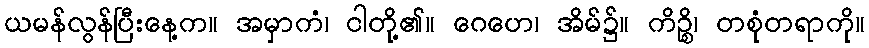
ယမန်လွန်ပြီးနေ့က။ အမှာကံ၊ ငါတို့၏။ ဂေဟေ၊ အိမ်၌။ ကိဉ္စိ၊ တစုံတရာကို။